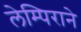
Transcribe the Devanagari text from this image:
लेम्पिराने